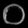
Digit: ၀